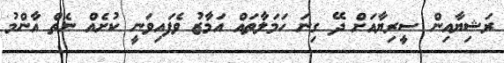
ރަޝިޔާއިން ސީރިޔާއަށް ދޭ ގިނަ ހަމަލާތައް އަމާޒު ވެފައިވަނީ ކުށެއް ނެތް އާންމު